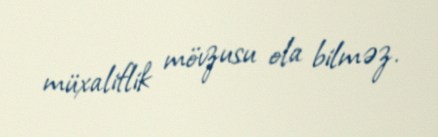
müxaliflik mövzusu ola bilməz.